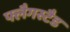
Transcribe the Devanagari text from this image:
फ्लैगस्टैड